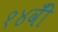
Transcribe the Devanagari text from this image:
१४वीँ